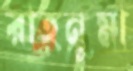
রাহনুমা